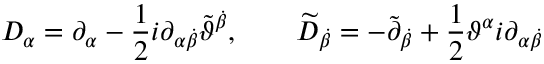
D _ { \alpha } = \partial _ { \alpha } - \frac { 1 } { 2 } i \partial _ { \alpha \dot { \beta } } \widetilde { \vartheta } ^ { \dot { \beta } } , \qquad \widetilde { D } _ { \dot { \beta } } = - \widetilde { \partial } _ { \dot { \beta } } + \frac { 1 } { 2 } \vartheta ^ { \alpha } i \partial _ { \alpha \dot { \beta } }